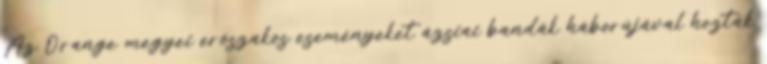
Az Orange megyei erőszakos eseményeket ázsiai bandák háborújával hozták